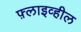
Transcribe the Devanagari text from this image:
फ़्लाइव्हील